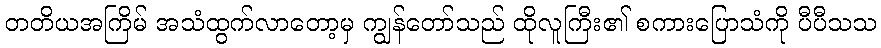
တတိယအကြိမ် အသံထွက်လာတော့မှ ကျွန်တော်သည် ထိုလူကြီး၏ စကားပြောသံကို ပီပီသသ